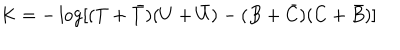
K = - \log [ ( T + { \bar { T } } ) ( U + { \bar { U } } ) - ( B + { \bar { C } } ) ( C + { \bar { B } } ) ]